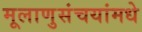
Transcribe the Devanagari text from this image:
मूलाणुसंचयांमधे